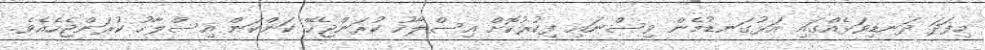
މިފަދަ ދަނޑިވަޅެއްގައި އަޅުގަނޑުމެން ވިސްނައި ފިކުރުކޮށް އިސްލާހު ކުރަންޖެހޭ ކަންކަން އިސްލާހު ކުރަންޖެހެއެވެ.